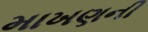
માખણની